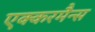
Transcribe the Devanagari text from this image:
एक्करमैन्स